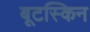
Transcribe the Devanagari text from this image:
बूटस्किन